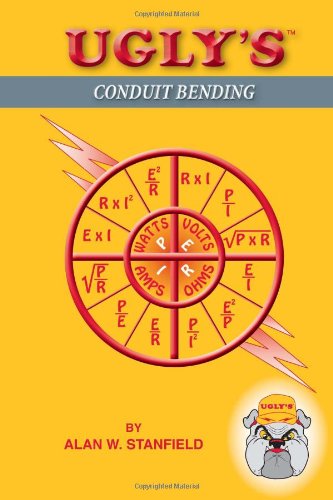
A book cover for Ugly's Conduit Bending; Alan W. Stanfield; Science & Math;